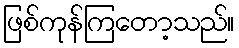
ဖြစ်ကုန်ကြတော့သည်။